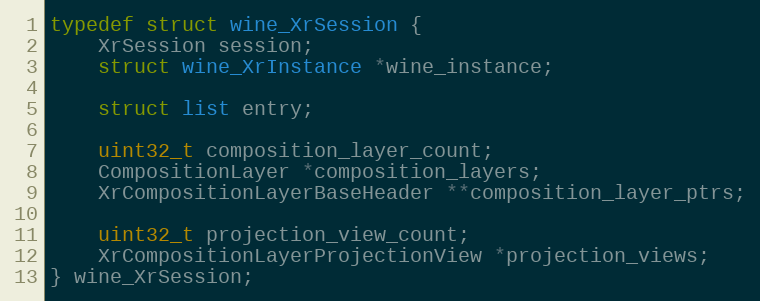
Language: C
typedef struct wine_XrSession {
    XrSession session;
    struct wine_XrInstance *wine_instance;

    struct list entry;

    uint32_t composition_layer_count;
    CompositionLayer *composition_layers;
    XrCompositionLayerBaseHeader **composition_layer_ptrs;

    uint32_t projection_view_count;
    XrCompositionLayerProjectionView *projection_views;
} wine_XrSession;